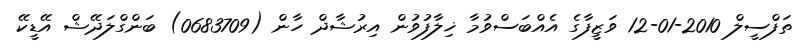
ތަފްސީލް 2010-01-12 ވަޒީފާގެ އެއްބަސްވުމާ ޚިލާފުވުން އިރުޝާދް ހާން (0683709) ބަންގްލަދޭޝް އޭޑީކޭ